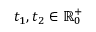
t _ { 1 } , t _ { 2 } \in \mathbb { R } _ { 0 } ^ { + }